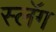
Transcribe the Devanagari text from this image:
स्लॅग